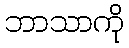
ဘာသာကို